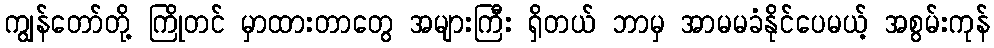
ကျွန်တော်တို့ ကြိုတင် မှာထားတာတွေ အများကြီး ရှိတယ် ဘာမှ အာမမခံနိုင်ပေမယ့် အစွမ်းကုန်